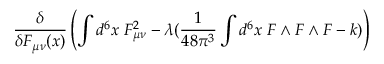
\frac { \delta } { \delta F _ { \mu \nu } ( x ) } \left( \int d ^ { 6 } x \; F _ { \mu \nu } ^ { 2 } - \lambda ( \frac { 1 } { 4 8 \pi ^ { 3 } } \int d ^ { 6 } x \; F \wedge F \wedge F - k ) \right)